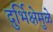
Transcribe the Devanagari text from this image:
दुर्भिक्षेमुळे